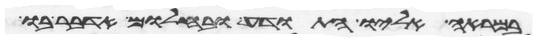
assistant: במראה אליו התודע ובחלום אדבר בו